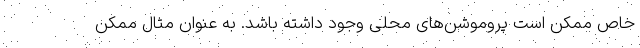
خاص ممکن است پروموشن­های محلی وجود داشته باشد. به عنوان مثال ممکن